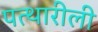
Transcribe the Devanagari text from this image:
पत्थारीली